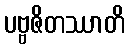
ပဗ္ဗဇိတဿာတိ